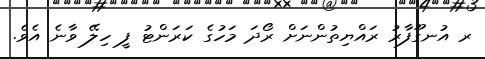
ރ އުނގޫފާރު ރައްޔިތުންނަށް ރޯދަ މަހުގެ ކަރަންޓު ފީ ހިލޭ ވާނެ އެވެ.